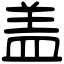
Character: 盖